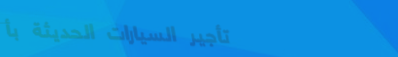
تأجير السيارات الحديثة بأ